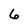
Character: 6